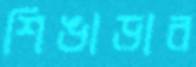
শিঙাড়ার